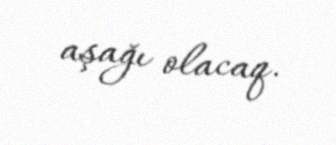
aşağı olacaq.